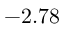
- 2 . 7 8